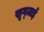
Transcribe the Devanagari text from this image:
खूग्ज़ाई